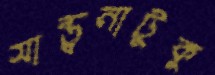
সান্ত্বনাটুকু